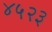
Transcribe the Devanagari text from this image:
४५२३